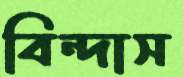
বিন্দাস